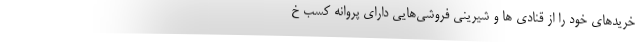
خریدهای خود را از قنادی ها و شیرینی فروشی‌هایی دارای پروانه کسب خ